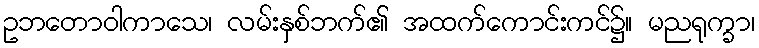
ဥဘတောဝါကာသေ၊ လမ်းနှစ်ဘက်၏ အထက်ကောင်းကင်၌။ မညရုက္ခာ၊